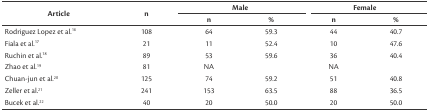
| <ROWSPAN=2> Article | <ROWSPAN=2> n | <COLSPAN=2> Male | <COLSPAN=2> Female |
 | n | % | n | % |
 | --- | --- | --- | --- | --- | --- |
 | Rodriguez Lopez et al.16 | 108 | 64 | 59.3 | 44 | 40.7 |
 | Fiala et al.17 | 21 | 11 | 52.4 | 10 | 47.6 |
 | Ruchin et al.18 | 89 | 53 | 59.6 | 36 | 40.4 |
 | Zhao et al.19 | 81 | NA |  | NA |  |
 | Chuan-jun et al.20 | 125 | 74 | 59.2 | 51 | 40.8 |
 | Zeller et al.21 | 241 | 153 | 63.5 | 88 | 36.5 |
 | Bucek et al.22 | 40 | 20 | 50.0 | 20 | 50.0 |